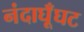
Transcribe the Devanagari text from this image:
नंदाघूँघट